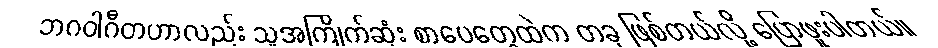
ဘဂဝါဂီတဟာလည်း သူအကြိုက်ဆုံး စာပေတွေထဲက တခု ဖြစ်တယ်လို့ ပြောဖူးပါတယ်။